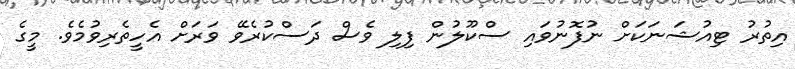
އިތުރު ޓިއުޝަނަކަށް ނުފޮނުވައި ސްކޫލުން ފިލި ވެސް ދަސްކުރެވޭ ވަރަށް އެހީތެރިވުމެވެ. މީގެ